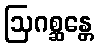
ဩဂစ္ဆန္တေ